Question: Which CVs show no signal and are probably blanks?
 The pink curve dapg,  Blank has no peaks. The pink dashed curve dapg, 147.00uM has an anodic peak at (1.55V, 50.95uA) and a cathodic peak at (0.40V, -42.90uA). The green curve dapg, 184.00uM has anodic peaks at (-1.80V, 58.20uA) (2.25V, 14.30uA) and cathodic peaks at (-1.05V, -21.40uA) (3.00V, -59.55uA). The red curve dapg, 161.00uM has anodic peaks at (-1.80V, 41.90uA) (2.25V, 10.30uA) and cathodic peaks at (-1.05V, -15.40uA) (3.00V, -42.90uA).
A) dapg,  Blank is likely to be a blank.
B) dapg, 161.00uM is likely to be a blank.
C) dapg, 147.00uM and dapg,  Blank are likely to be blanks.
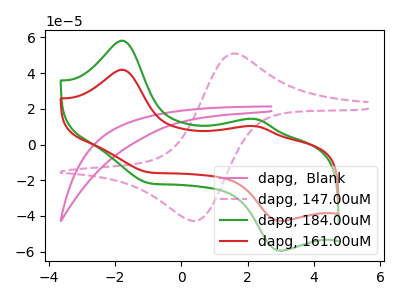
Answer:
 <answer>A) "dapg,  Blank" is likely to be a blank.</answer>
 <eval>A</eval>